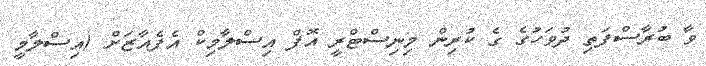
ވާ ބުރާސްފަތި ދުވަހުގެ ގެ ކުރިން މިނިސްޓްރީ އޮފް އިސްލާމިކް އެފެއާޒަށް (އިސްލާމީ